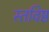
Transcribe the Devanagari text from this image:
स्तविष्ठ